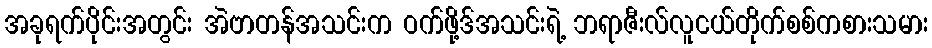
အခုရက်ပိုင်းအတွင်း အဲဗာတန်အသင်းက ဝက်ဖို့ဒ်အသင်းရဲ့ ဘရာဇီးလ်လူငယ်တိုက်စစ်ကစားသမား